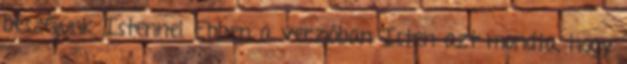
beszéljünk Istennel. Ebben a verzióban Isten azt mondta, hogy